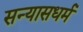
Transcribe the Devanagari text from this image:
सन्यासधर्म